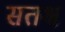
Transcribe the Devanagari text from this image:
सतश्च